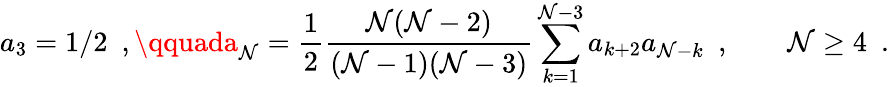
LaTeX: a_{3}=1/2\ \ ,\qquada_{\mathcal{N}}={\frac{{1}}{{2}}}{\frac{{\mathcal{N}(\mathcal{N}-2)}}{{(\mathcal{N}-1)(\mathcal{N}-3)}}}\sum_{k=1}^{\mathcal{N}-3}a_{k+2}a_{\mathcal{N}-k}\ \ ,\qquad\mathcal{N}\ge4\ \ .